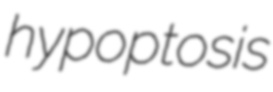
hypoptosis